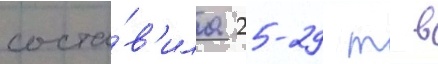
соста́в'ила 25-29 т в